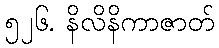
၅၂၆. နိလိနိကာဇာတ်